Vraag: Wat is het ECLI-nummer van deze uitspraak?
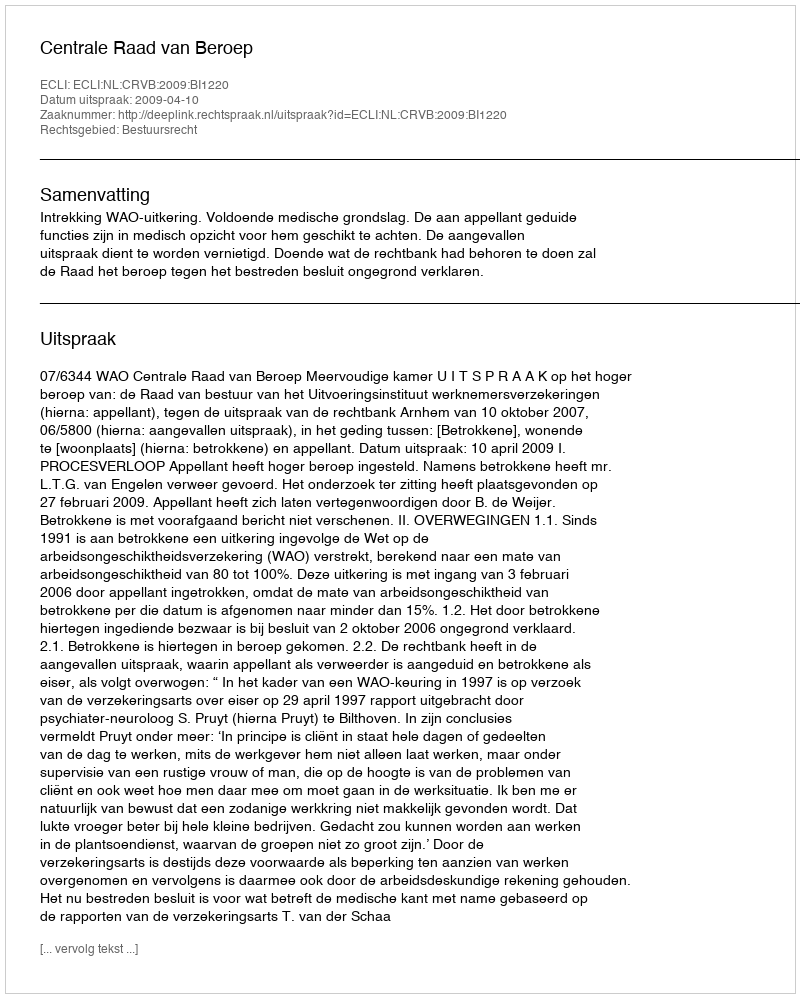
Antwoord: ECLI:NL:CRVB:2009:BI1220